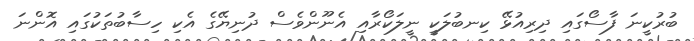
ބުރުކީނަ ފާސޯގައި ދިރިއުޅޭ ކިނބުލަކީ ނީލަކޯރާއި އެނޫންވެސް ދުނިޔޭގެ އެކި ހިސާބުތަކުގައި އޮންނަ